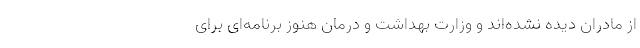
از مادران دیده نشده‌اند و وزارت بهداشت‌ و درمان هنوز برنامه‌ای برای